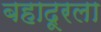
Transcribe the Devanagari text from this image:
बहादूरला